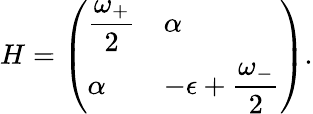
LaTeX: H=\left(\begin{array}{ll}{{\displaystyle{\frac{\omega_{+}}{2}}}}&{{\alpha}}\\ {{\alpha}}&{{\displaystyle-\epsilon+{\frac{\omega_{-}}{2}}}}\end{array}\right).